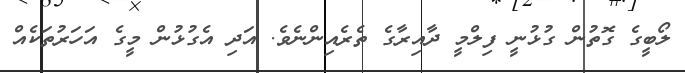
ލޯބީގެ ގޮތުން ގުޅުނީ ފިލްމީ ދާއިރާގެ ތެރެއިންނެވެ. އަދި އެގުޅުން މީގެ އަހަރުތަކެއް